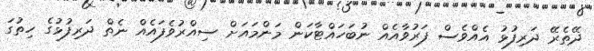
ދޭތެރޭ ދަރިފުޅު އެއްވެސް ފަރުވާއެއް ނުބަހައްޓާާކަން މަންމައަށް ސިއްރުވެފައެއްް ނެތް ދަރިފުޅުގެ ހިތުގަ